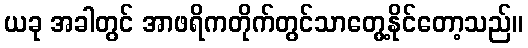
ယခု အခါတွင် အာဖရိကတိုက်တွင်သာတွေ့နိုင်တော့သည်။